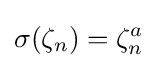
\sigma (\zeta _{n})=\zeta _{n}^{a}